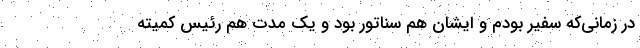
در زمانی‌که سفیر بودم و ایشان هم سناتور بود و یک مدت هم رئیس کمیته